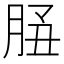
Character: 𦚲